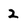
Character: 2